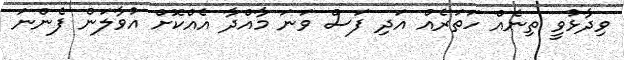
ވިދާޅުވީ ތިނެއް ހަތަރެއް އަދި ފަސް ވަނަ މާއްދާ އެއްކޮށް އުވާލަން ފެންނަ